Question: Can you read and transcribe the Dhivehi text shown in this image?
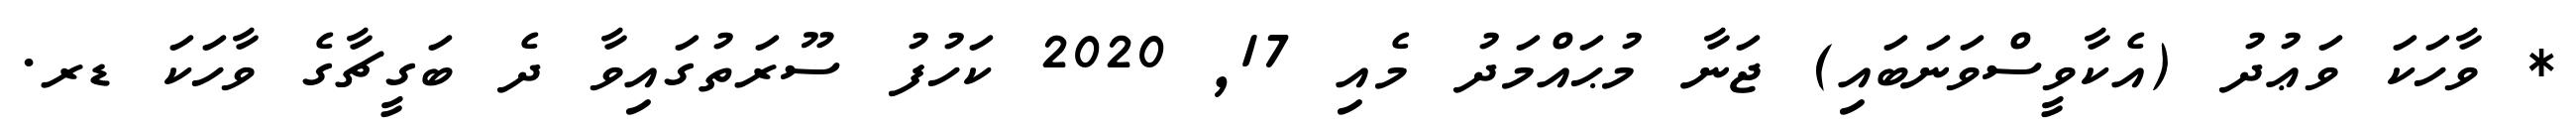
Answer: * ވާހަކަ ވަޢުދު (އެކާވީސްވަނަބައި) ޖަނާ މުޙައްމަދު މެއި 17, 2020 ކަހުފު ސޫރަތުގައިވާ ދެ ބަގީޗާގެ ވާހަކަ ޑރ.